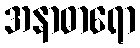
အနာဓာရော